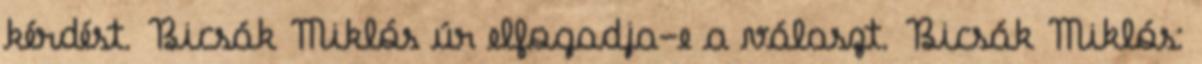
kérdést. Bicsák Miklós úr elfogadja-e a választ. Bicsák Miklós: